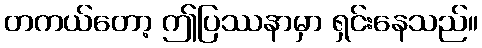
တကယ်တော့ ဤပြဿနာမှာ ရှင်းနေသည်။